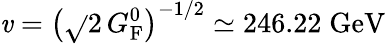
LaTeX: \mathit{v}=\left({\sqrt{}{{2}}}\, G_{\mathrm{{{F}}}}^{0}\right)^{-1/2}\simeq246.22\; {\textrm{{GeV}}}